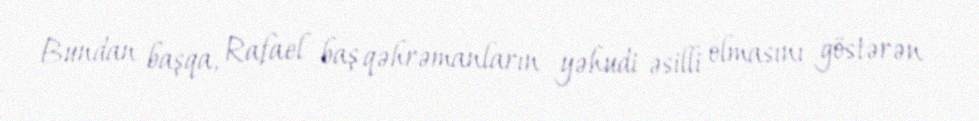
Bundan başqa, Rafael baş qəhrəmanların yəhudi əsilli olmasını göstərən